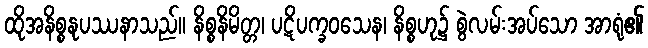
ထိုအနိစ္စနုပဿနာသည်။ နိစ္စနိမိတ္တ၊ ပဋိပက္ခဝသေန၊ နိစ္စဟု၌ စွဲလမ်းအပ်သော အာရုံ၏